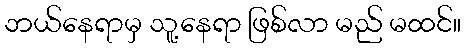
ဘယ်နေရာမှ သူ့နေရာ ဖြစ်လာ မည် မထင်။